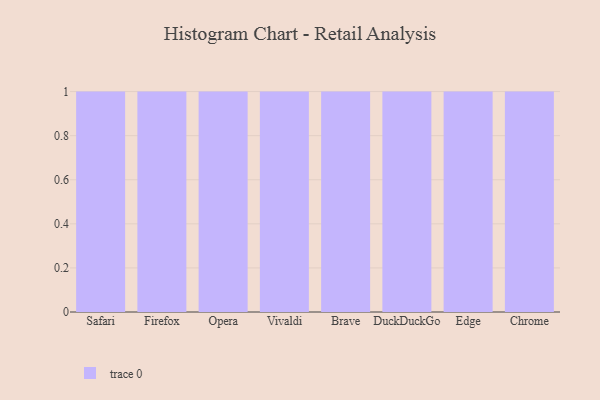
{"axis": {"x": "Browser", "y": "Production Output"}, "legend": [""], "data": [{"x": "Safari", "y": 91, "type": ""}, {"x": "Firefox", "y": 77, "type": ""}, {"x": "Opera", "y": 72, "type": ""}, {"x": "Vivaldi", "y": 25, "type": ""}, {"x": "Brave", "y": 19, "type": ""}, {"x": "DuckDuckGo", "y": 39, "type": ""}, {"x": "Edge", "y": 86, "type": ""}, {"x": "Chrome", "y": 30, "type": ""}]}